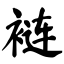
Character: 裢